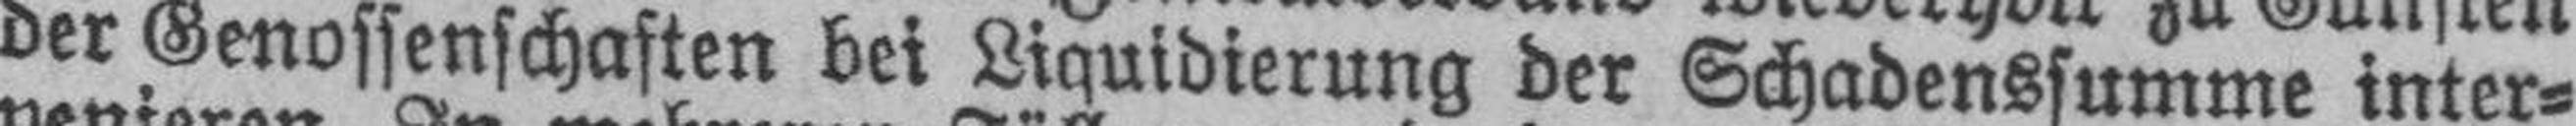
der Genossenschaften bei Liquidierung der Schadenssumme inter¬